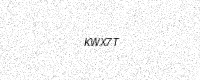
Text: KWX7T